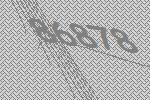
86878